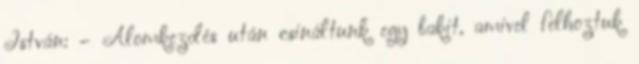
István: – Álomkezdés után csináltunk egy bakit, amivel felhoztuk